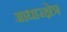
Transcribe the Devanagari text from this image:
आधारक्षेत्र